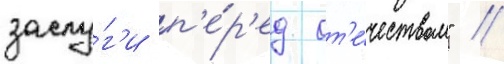
заслу́г'и п'е́р'ед от'е́чеством" //